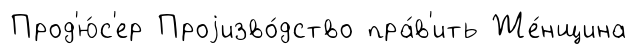
Прод'ю́с'ер Проjизво́дство пра́в'ить Же́нщина